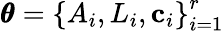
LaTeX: \pmb\theta=\left\{ A_{i},L_{i},\mathbf c_{i}\right\} _{i=1}^{r}